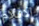
الافلام